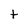
Character: t